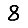
Digit: 8